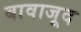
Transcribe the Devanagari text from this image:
बावाजूद